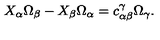
X _ { \alpha } \Omega _ { \beta } - X _ { \beta } \Omega _ { \alpha } = c _ { \alpha \beta } ^ { \gamma } \Omega _ { \gamma } .